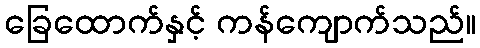
ခြေထောက်နှင့် ကန်ကျောက်သည်။